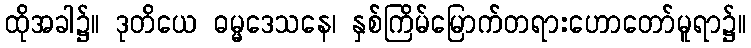
ထိုအခါ၌။ ဒုတိယေ ဓမ္မဒေသနေ၊ နှစ်ကြိမ်မြောက်တရားဟောတော်မူရာ၌။